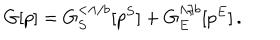
G [ p ] = G _ { S } ^ { < \Lambda / b } [ p ^ { S } ] + G _ { E } ^ { \Lambda / b } [ p ^ { E } ] \, .